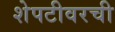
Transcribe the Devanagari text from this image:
शेपटीवरची